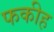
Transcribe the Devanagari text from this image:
फकीह